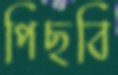
পিছবি